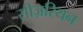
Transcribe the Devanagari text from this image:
सीज़रियन